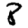
Digit: 8